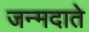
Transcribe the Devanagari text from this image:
जन्मदाते